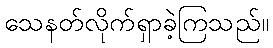
သေနတ်လိုက်ရှာခဲ့ကြသည်။